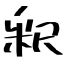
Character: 釈